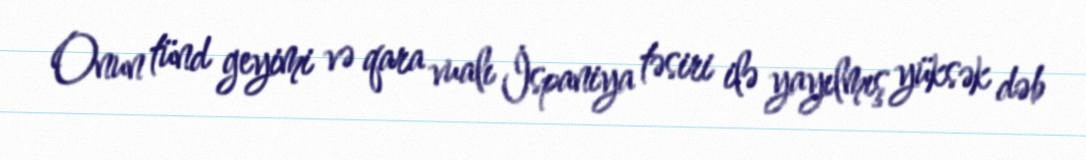
Onun tünd geyimi və qara vualı İspaniya təsiri ilə yayılmış yüksək dəb